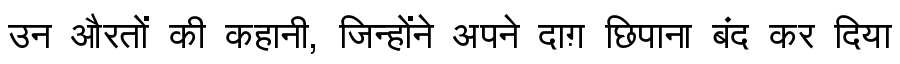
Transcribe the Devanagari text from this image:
उन औरतों की कहानी, जिन्होंने अपने दाग़ छिपाना बंद कर दिया